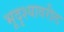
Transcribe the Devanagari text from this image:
भूदृश्यावरील